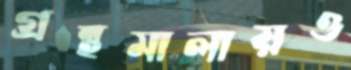
গ্রন্থমালায়ও